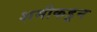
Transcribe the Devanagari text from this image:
शमीकडून